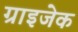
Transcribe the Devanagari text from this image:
ग्राइजेक